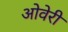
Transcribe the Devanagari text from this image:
ओवेरी